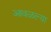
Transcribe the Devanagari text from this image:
आवळल्या